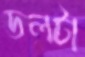
ডলটা